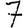
Digit: 7